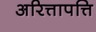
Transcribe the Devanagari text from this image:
अरित्तापत्ति